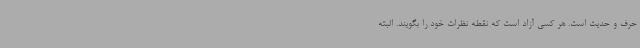
حرف و حدیث است. هر کسی آزاد است که نقطه نظرات خود را بگویند. البته